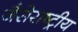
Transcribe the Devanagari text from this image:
जैसेराष्ट्रीय